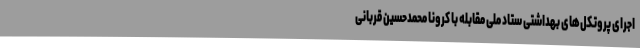
اجرای پروتکل‌های بهداشتی ستاد ملی مقابله با کرونا محمدحسین قربانی